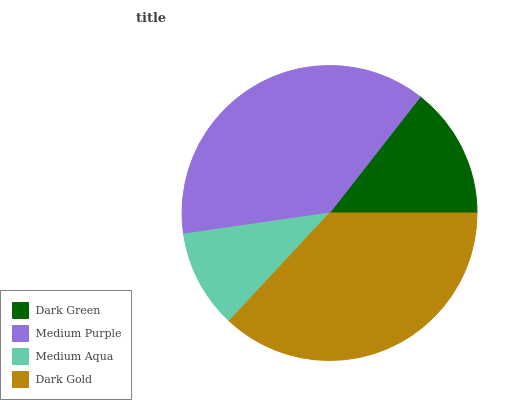
| Dark Green | Medium Purple | Medium Aqua | Dark Gold |
 | --- | --- | --- | --- |
 | 14.4% | 37.9% | 10.8% | 36.9% |